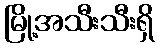
မြို့အသီးသီးရှိ